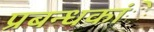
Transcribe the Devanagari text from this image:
प्रबन्धकांे